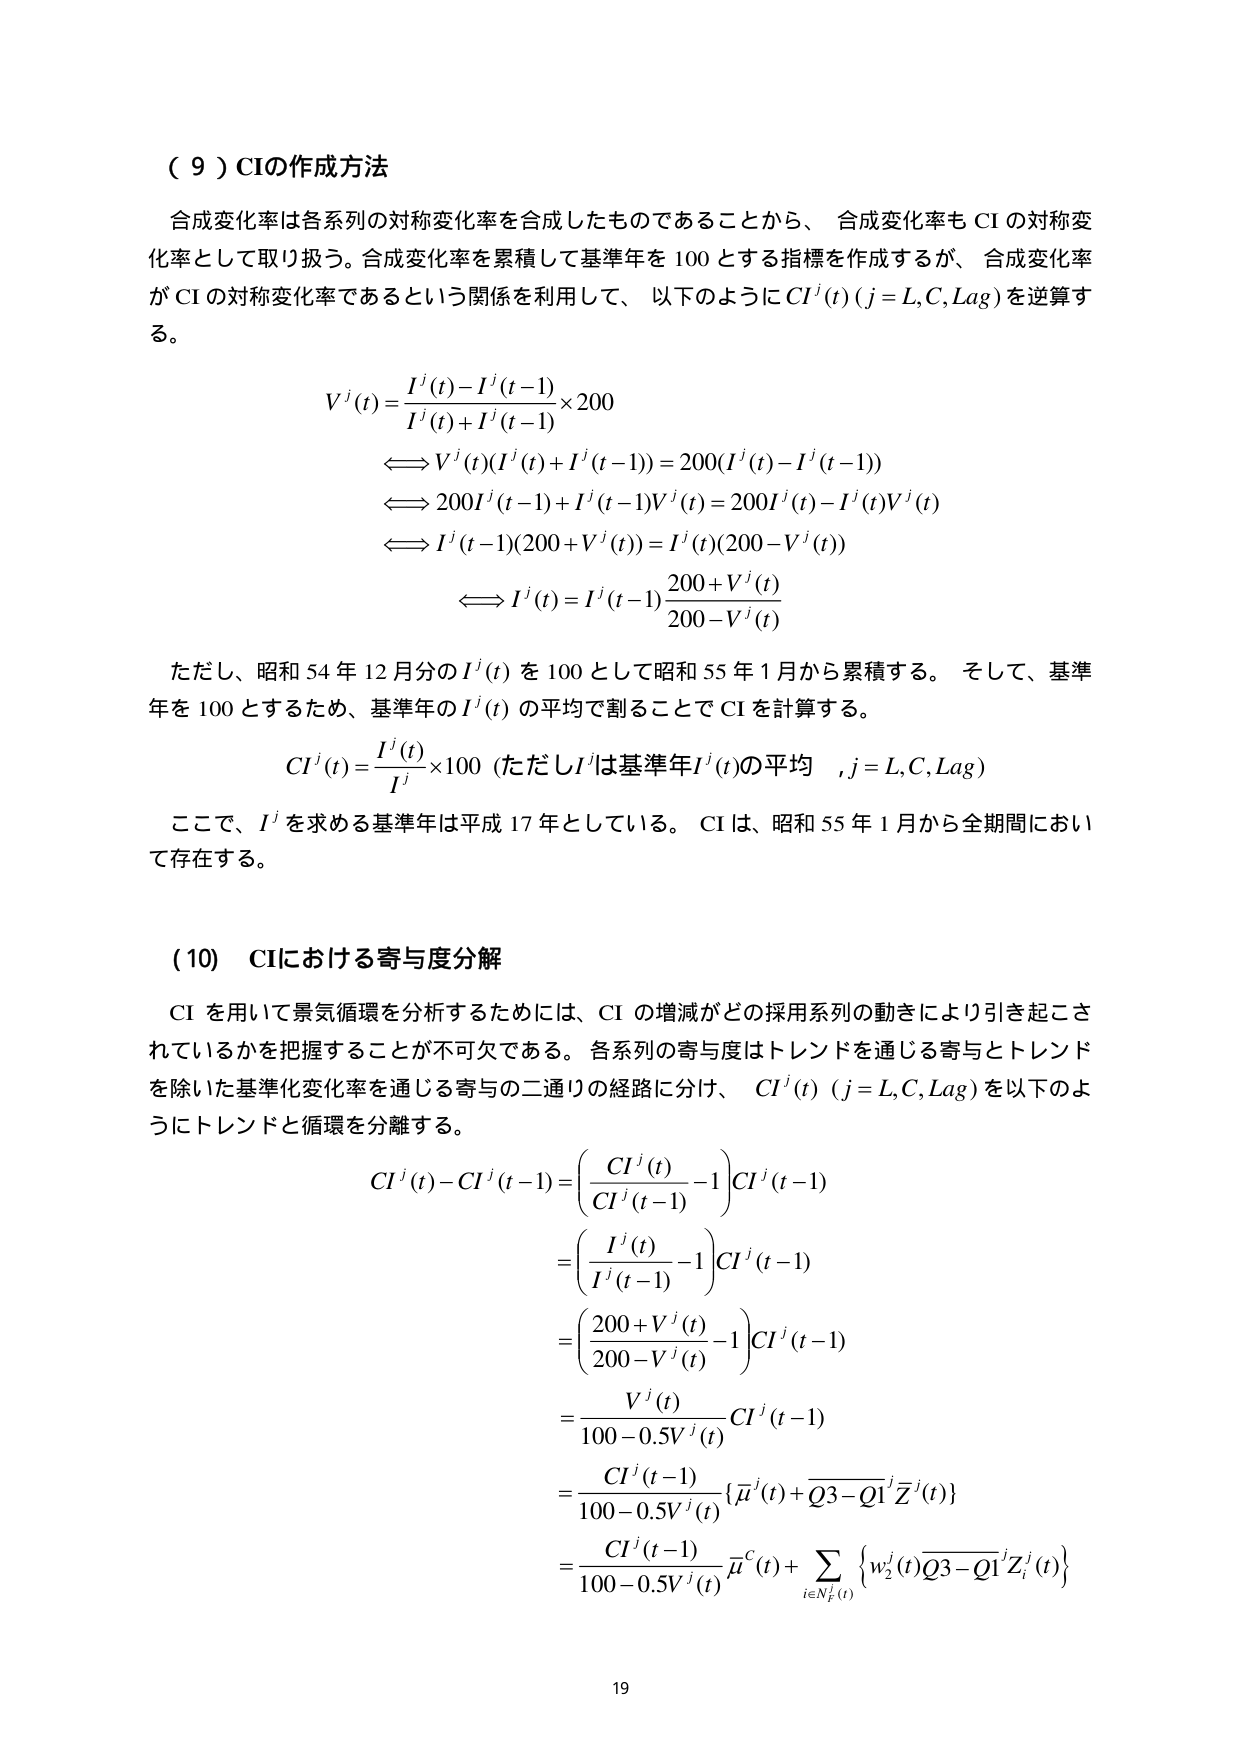
（９）CIの作成方法

合成変化率は各系列の対称変化率を合成したものであることから、合成変化率もCIの対称変化率として取り扱う。合成変化率を累積して基準年を100とする指標を作成するが、合成変化率がCIの対称変化率であるという関係を利用して、以下のようにCI^j(t) (j = L, C, Lag) を逆算する。

V^j(t) = \frac{I^j(t) - I^j(t-1)}{I^j(t) + I^j(t-1)} \times 200

\iff V^j(t)(I^j(t) + I^j(t-1)) = 200(I^j(t) - I^j(t-1))

\iff 200I^j(t-1) + I^j(t-1)V^j(t) = 200I^j(t) - I^j(t)V^j(t)

\iff I^j(t-1)(200 + V^j(t)) = I^j(t)(200 - V^j(t))

\iff I^j(t) = I^j(t-1) \frac{200 + V^j(t)}{200 - V^j(t)}

ただし、昭和54年12月分のI^j(t)を100として昭和55年1月から累積する。そして、基準年を100とするため、基準年のI^j(t)の平均で割ることでCIを計算する。

CI^j(t) = \frac{I^j(t)}{\bar{I}^j} \times 100 \quad (\text{ただし}\bar{I}^j\text{は基準年}I^j(t)\text{の平均}, j = L, C, Lag)

ここで、I^jを求める基準年は平成17年としている。CIは、昭和55年1月から全期間において存在する。

（10）CIにおける寄与度分解

CIを用いて景気循環を分析するためには、CIの増減がどの採用系列の動きにより引き起こされているかを把握することが不可欠である。各系列の寄与度はトレンドを通じる寄与とトレンドを除いた基準化変化率を通じる寄与の二通りの経路に分け、CI^j(t) (j = L, C, Lag) を以下のようにトレンドと循環を分離する。

CI^j(t) - CI^j(t-1) = \left( \frac{CI^j(t)}{CI^j(t-1)} - 1 \right) CI^j(t-1)

= \left( \frac{I^j(t)}{I^j(t-1)} - 1 \right) CI^j(t-1)

= \left( \frac{200 + V^j(t)}{200 - V^j(t)} - 1 \right) CI^j(t-1)

= \frac{V^j(t)}{100 - 0.5V^j(t)} CI^j(t-1)

= \frac{CI^j(t-1)}{100 - 0.5V^j(t)} \{ \bar{\mu}^j(t) + \overline{Q3 - Q1}^j Z^j(t) \}

= \frac{CI^j(t-1)}{100 - 0.5V^j(t)} \bar{\mu}^C(t) + \sum_{i \in N_F^j(t)} \left\{ w_i^j(t) \overline{Q3 - Q1}^i Z_i^j(t) \right\}

19